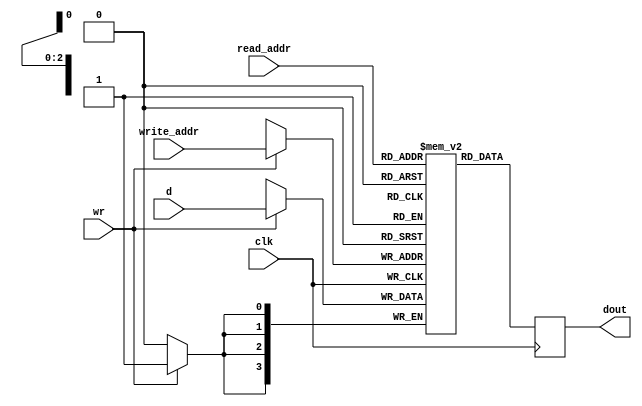
`timescale 1ns / 1ps
//////////////////////////////////////////////////////////////////////////////////
// Module Name: xup_ram_8x4
//////////////////////////////////////////////////////////////////////////////////
module xup_ram_8x4 #(parameter DELAY = 3)(
	input [3:0] d,
	input [2:0] read_addr, write_addr,
	input wr, clk,
	output reg [3:0] dout
);
	// Declare the RAM variable
	reg [3:0] ram[7:0];

	always @ (posedge clk)
	begin
		// Write
		if (wr)
			ram[write_addr] <= d;//if read_addr == write_addr, return OLD data
		dout <= #DELAY ram[read_addr];
	end

endmodule